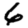
Digit: 6